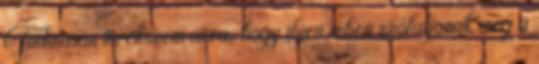
Tudatosan törekszem arra, hogy ilyen ízben szólaljanak meg a